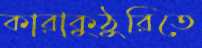
কারাকুঠুরিতে